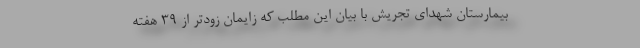
بیمارستان شهدای تجریش با بیان این مطلب که زایمان زودتر از ۳۹ هفته